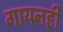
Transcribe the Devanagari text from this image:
गायनही